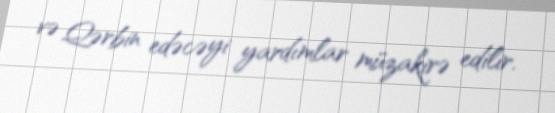
və Qərbin edəcəyi yardımlar müzakirə edilir.